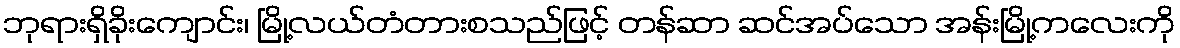
ဘုရားရှိခိုးကျောင်း၊ မြို့လယ်တံတားစသည်ဖြင့် တန်ဆာ ဆင်အပ်သော အန်းမြို့ကလေးကို